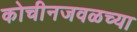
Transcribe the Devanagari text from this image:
कोचीनजवळच्या